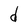
Character: d